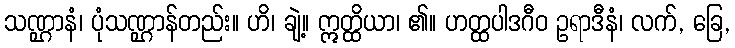
သဏ္ဌာနံ၊ ပုံသဏ္ဌာန်တည်း။ ဟိ၊ ချဲ့။ ဣတ္ထိယာ၊ ၏။ ဟတ္ထပါဒဂီဝ ဥရာဒီနံ၊ လက်, ခြေ,